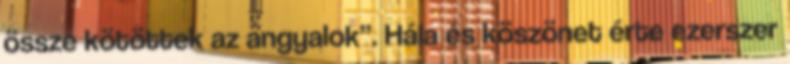
össze kötöttek az angyalok”. Hála és köszönet érte ezerszer